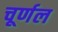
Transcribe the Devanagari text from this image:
चूर्णल